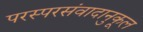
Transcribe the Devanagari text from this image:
परस्परसंवादानुकूल